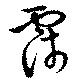
霈